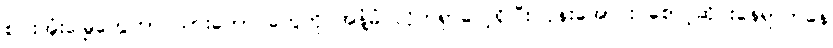
စပါးအုံးမြွေတွေဟာ သားကောင်တွေကို အနံ့ခံ လိုက်ရှာလေ့ရှိပြီး ပုန်းအောင်း စောင့်ဆိုင်းနေရာကနေ